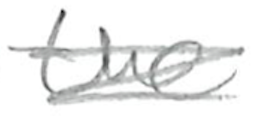
Text: the
Cross-out: scratch
Writing tool: pencil